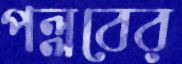
পল্লবের